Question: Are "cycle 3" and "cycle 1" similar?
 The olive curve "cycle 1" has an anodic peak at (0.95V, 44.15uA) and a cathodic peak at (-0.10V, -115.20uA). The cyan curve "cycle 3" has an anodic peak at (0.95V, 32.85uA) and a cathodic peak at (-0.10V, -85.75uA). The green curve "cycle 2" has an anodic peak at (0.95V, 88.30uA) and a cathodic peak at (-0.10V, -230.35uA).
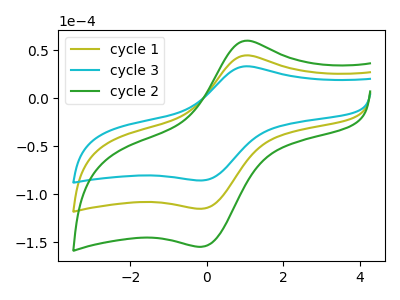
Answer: <think>All the peaks in "cycle 3" have a peak in "cycle 1" at the same potential. Every peak in "cycle 3" is lower than every peak in "cycle 1".
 </think>
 <answer>"cycle 3" and "cycle 1" are similar in shape.</answer>
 <eval>same_shape</eval>